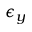
\epsilon _ { y }